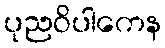
ပုညဝိပါကေန